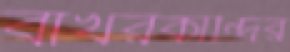
বাখরকান্দির